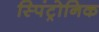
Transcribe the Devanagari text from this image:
स्पिंट्रोनिक